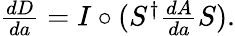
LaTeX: \begin{array}{r}{\frac{dD}{da}=I\circ(S^{\dagger}\frac{dA}{da}S).}\end{array}